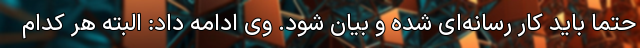
حتما باید کار رسانه‌ای شده و بیان شود. وی ادامه داد: البته هر کدام